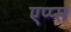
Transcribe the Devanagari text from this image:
एप्प्स